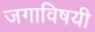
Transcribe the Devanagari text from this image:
जगाविषयी